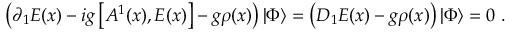
\left( \partial _ { 1 } E ( x ) - i g \left[ A ^ { 1 } ( x ) , E ( x ) \right] - g \rho ( x ) \right) | \Phi \rangle = \left( D _ { 1 } E ( x ) - g \rho ( x ) \right) | \Phi \rangle = 0 \ .